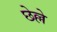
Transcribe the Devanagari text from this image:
छेल्ले